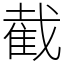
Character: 截